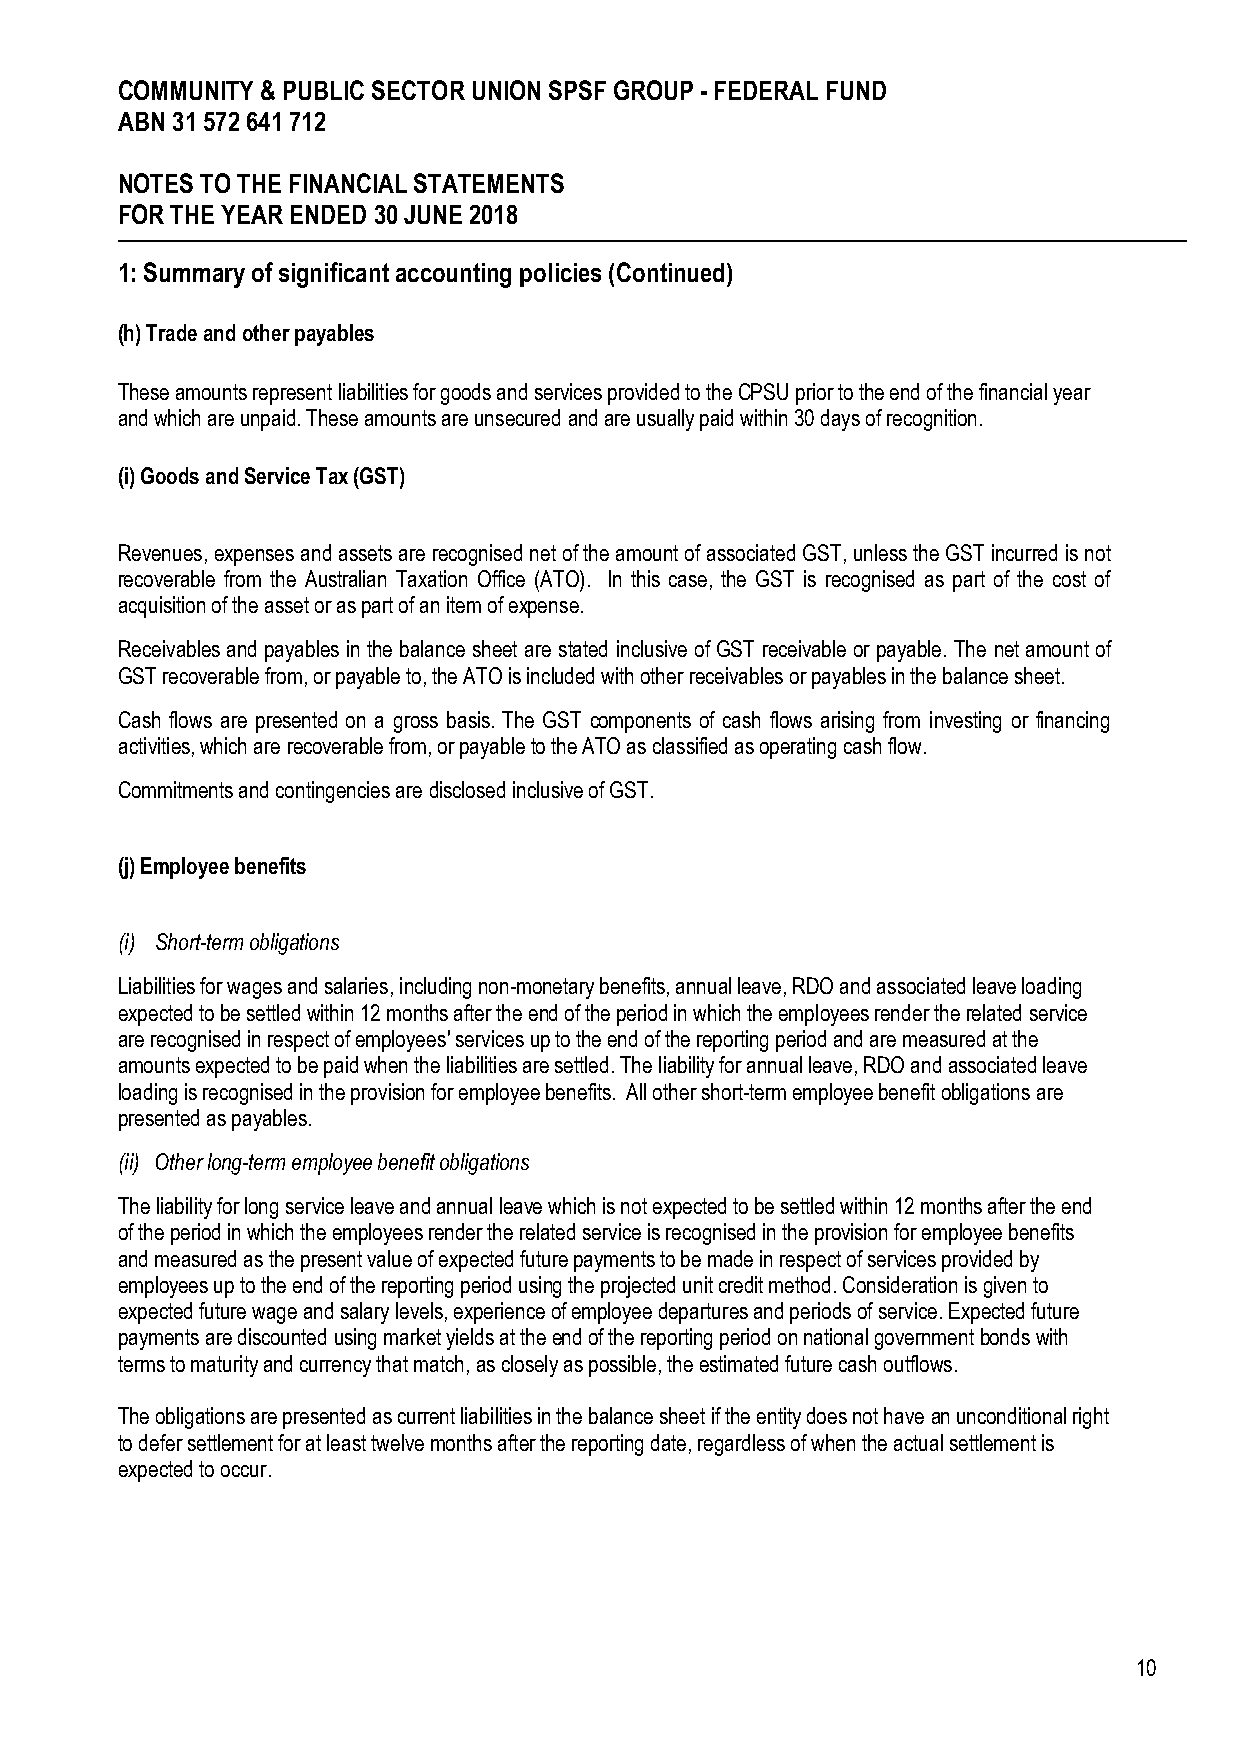
COMMUNITY & PUBLIC SECTOR UNION SPSF GROUP - FEDERAL FUND
 ABN 31 572 641 712
 NOTES TO THE FINANCIAL STATEMENTS
 FOR THE YEAR ENDED 30 JUNE 2018
 1: Summary of significant accounting policies (Continued)
 (h) Trade and other payables
 These amounts represent liabilities for goods and services provided to the CPSU prior to the end of the financial year
 and which are unpaid. These amounts are unsecured and are usually paid within 30 days of recognition.
 (i) Goods and Service Tax (GST)
 Revenues, expenses and assets are recognised net of the amount of associated GST, unless the GST incurred is not
 recoverable from the Australian Taxation Office (ATO). In this case, the GST is recognised as part of the cost of
 acquisition of the asset or as part of an item of expense.
 Receivables and payables in the balance sheet are stated inclusive of GST receivable or payable. The net amount of
 GST recoverable from, or payable to, the ATO is included with other receivables or payables in the balance sheet.
 Cash flows are presented on a gross basis. The GST components of cash flows arising from investing or financing
 activities, which are recoverable from, or payable to the ATO as classified as operating cash flow.
 Commitments and contingencies are disclosed inclusive of GST.
 (j) Employee benefits
 (i) Short-term obligations
 Liabilities for wages and salaries, including non-monetary benefits, annual leave, RDO and associated leave loading
 expected to be settled within 12 months after the end of the period in which the employees render the related service
 are recognised in respect of employees' services up to the end of the reporting period and are measured at the
 amounts expected to be paid when the liabilities are settled. The liability for annual leave, RDO and associated leave
 loading is recognised in the provision for employee benefits. All other short-term employee benefit obligations are
 presented as payables.
 (ii) Other long-term employee benefit obligations
 The liability for long service leave and annual leave which is not expected to be settled within 12 months after the end
 of the period in which the employees render the related service is recognised in the provision for employee benefits
 and measured as the present value of expected future payments to be made in respect of services provided by
 employees up to the end of the reporting period using the projected unit credit method. Consideration is given to
 expected future wage and salary levels, experience of employee departures and periods of service. Expected future
 payments are discounted using market yields at the end of the reporting period on national government bonds with
 terms to maturity and currency that match, as closely as possible, the estimated future cash outflows.
 The obligations are presented as current liabilities in the balance sheet if the entity does not have an unconditional right
 to defer settlement for at least twelve months after the reporting date, regardless of when the actual settlement is
 expected to occur.
 10